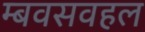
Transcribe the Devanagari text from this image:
म्बवसवहल